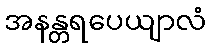
အနန္တရပေယျာလံ